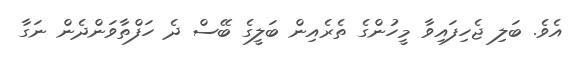
އެވެ. ބަލި ޖެހިފައިވާ މީހުންގެ ތެރެއިން ބަލީގެ ބޭސް ދެ ހަފްތާވަންދެން ނަގާ